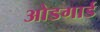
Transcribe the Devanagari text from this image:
ओडगार्ड